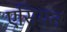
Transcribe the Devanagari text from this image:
एसियन